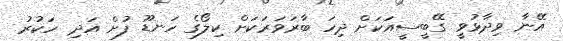
އޭނާ ވިދާޅުވީ ގޭބީސީއަކަށް ދިހަ ބާރަވަރަކަށް ކިލޯގެ ހަނޑޫ ފުށް އަދި ހަކުރު